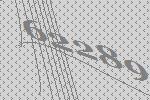
62289